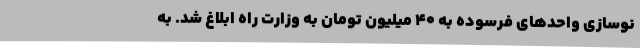
نوسازی واحدهای فرسوده به ۴۰ میلیون تومان به وزارت راه ابلاغ شد. به